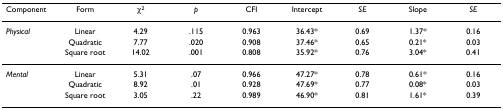
| Component | Form | χ2 | p | CFI | Intercept | SE | Slope | SE |
 | --- | --- | --- | --- | --- | --- | --- | --- | --- |
 | Physical | Linear | 4.29 | .115 | 0.963 | 36.43* | 0.69 | 1.37* | 0.16 |
 |  | Quadratic | 7.77 | .020 | 0.908 | 37.46* | 0.65 | 0.21* | 0.03 |
 |  | Square root | 14.02 | .001 | 0.808 | 35.92* | 0.76 | 3.04* | 0.41 |
 | Mental | Linear | 5.31 | .07 | 0.966 | 47.27* | 0.78 | 0.61* | 0.16 |
 |  | Quadratic | 8.92 | .01 | 0.928 | 47.69* | 0.77 | 0.08* | 0.03 |
 |  | Square root | 3.05 | .22 | 0.989 | 46.90* | 0.81 | 1.61* | 0.39 |